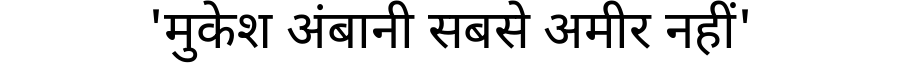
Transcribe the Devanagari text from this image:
'मुकेश अंबानी सबसे अमीर नहीं'